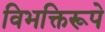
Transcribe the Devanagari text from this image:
विभक्तिरूपे